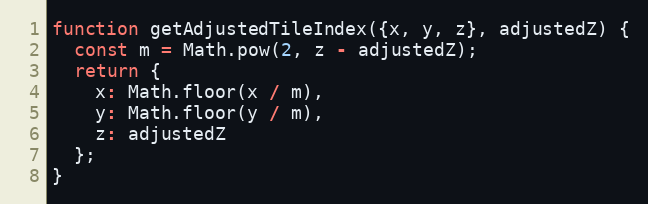
Language: JavaScript
function getAdjustedTileIndex({x, y, z}, adjustedZ) {
  const m = Math.pow(2, z - adjustedZ);
  return {
    x: Math.floor(x / m),
    y: Math.floor(y / m),
    z: adjustedZ
  };
}